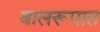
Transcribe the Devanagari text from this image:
बालरूपात